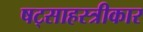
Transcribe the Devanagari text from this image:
षट्साहस्त्रीकार